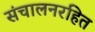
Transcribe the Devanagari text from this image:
संचालनरहित